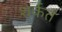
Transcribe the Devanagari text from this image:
शर्कत